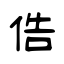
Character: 俈